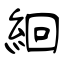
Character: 絗